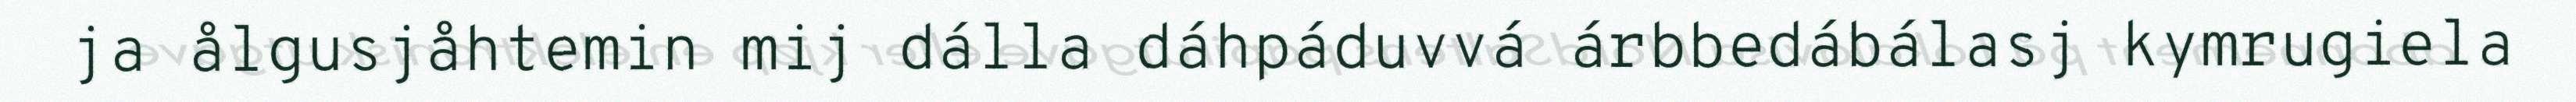
ja ålgusjåhtemin mij dálla dáhpáduvvá árbbedábálasj kymrugiela